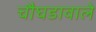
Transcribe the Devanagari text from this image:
चौघडावाले